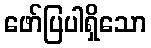
ဖော်ပြပါရှိသော